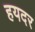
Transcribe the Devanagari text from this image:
हयदर